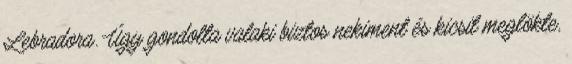
Lebradora. Úgy gondolta valaki biztos nekiment és kicsit meglökte,